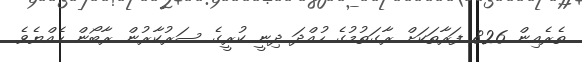
ތެރެއިން 826 ފަރާތަކަށް ރާގަތުމުގެ ހުއްދަ ދިނީ ކުރީގެ ސަރުކާރުން ރާބޯން ހެއްޔެވެ